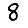
Digit: 8